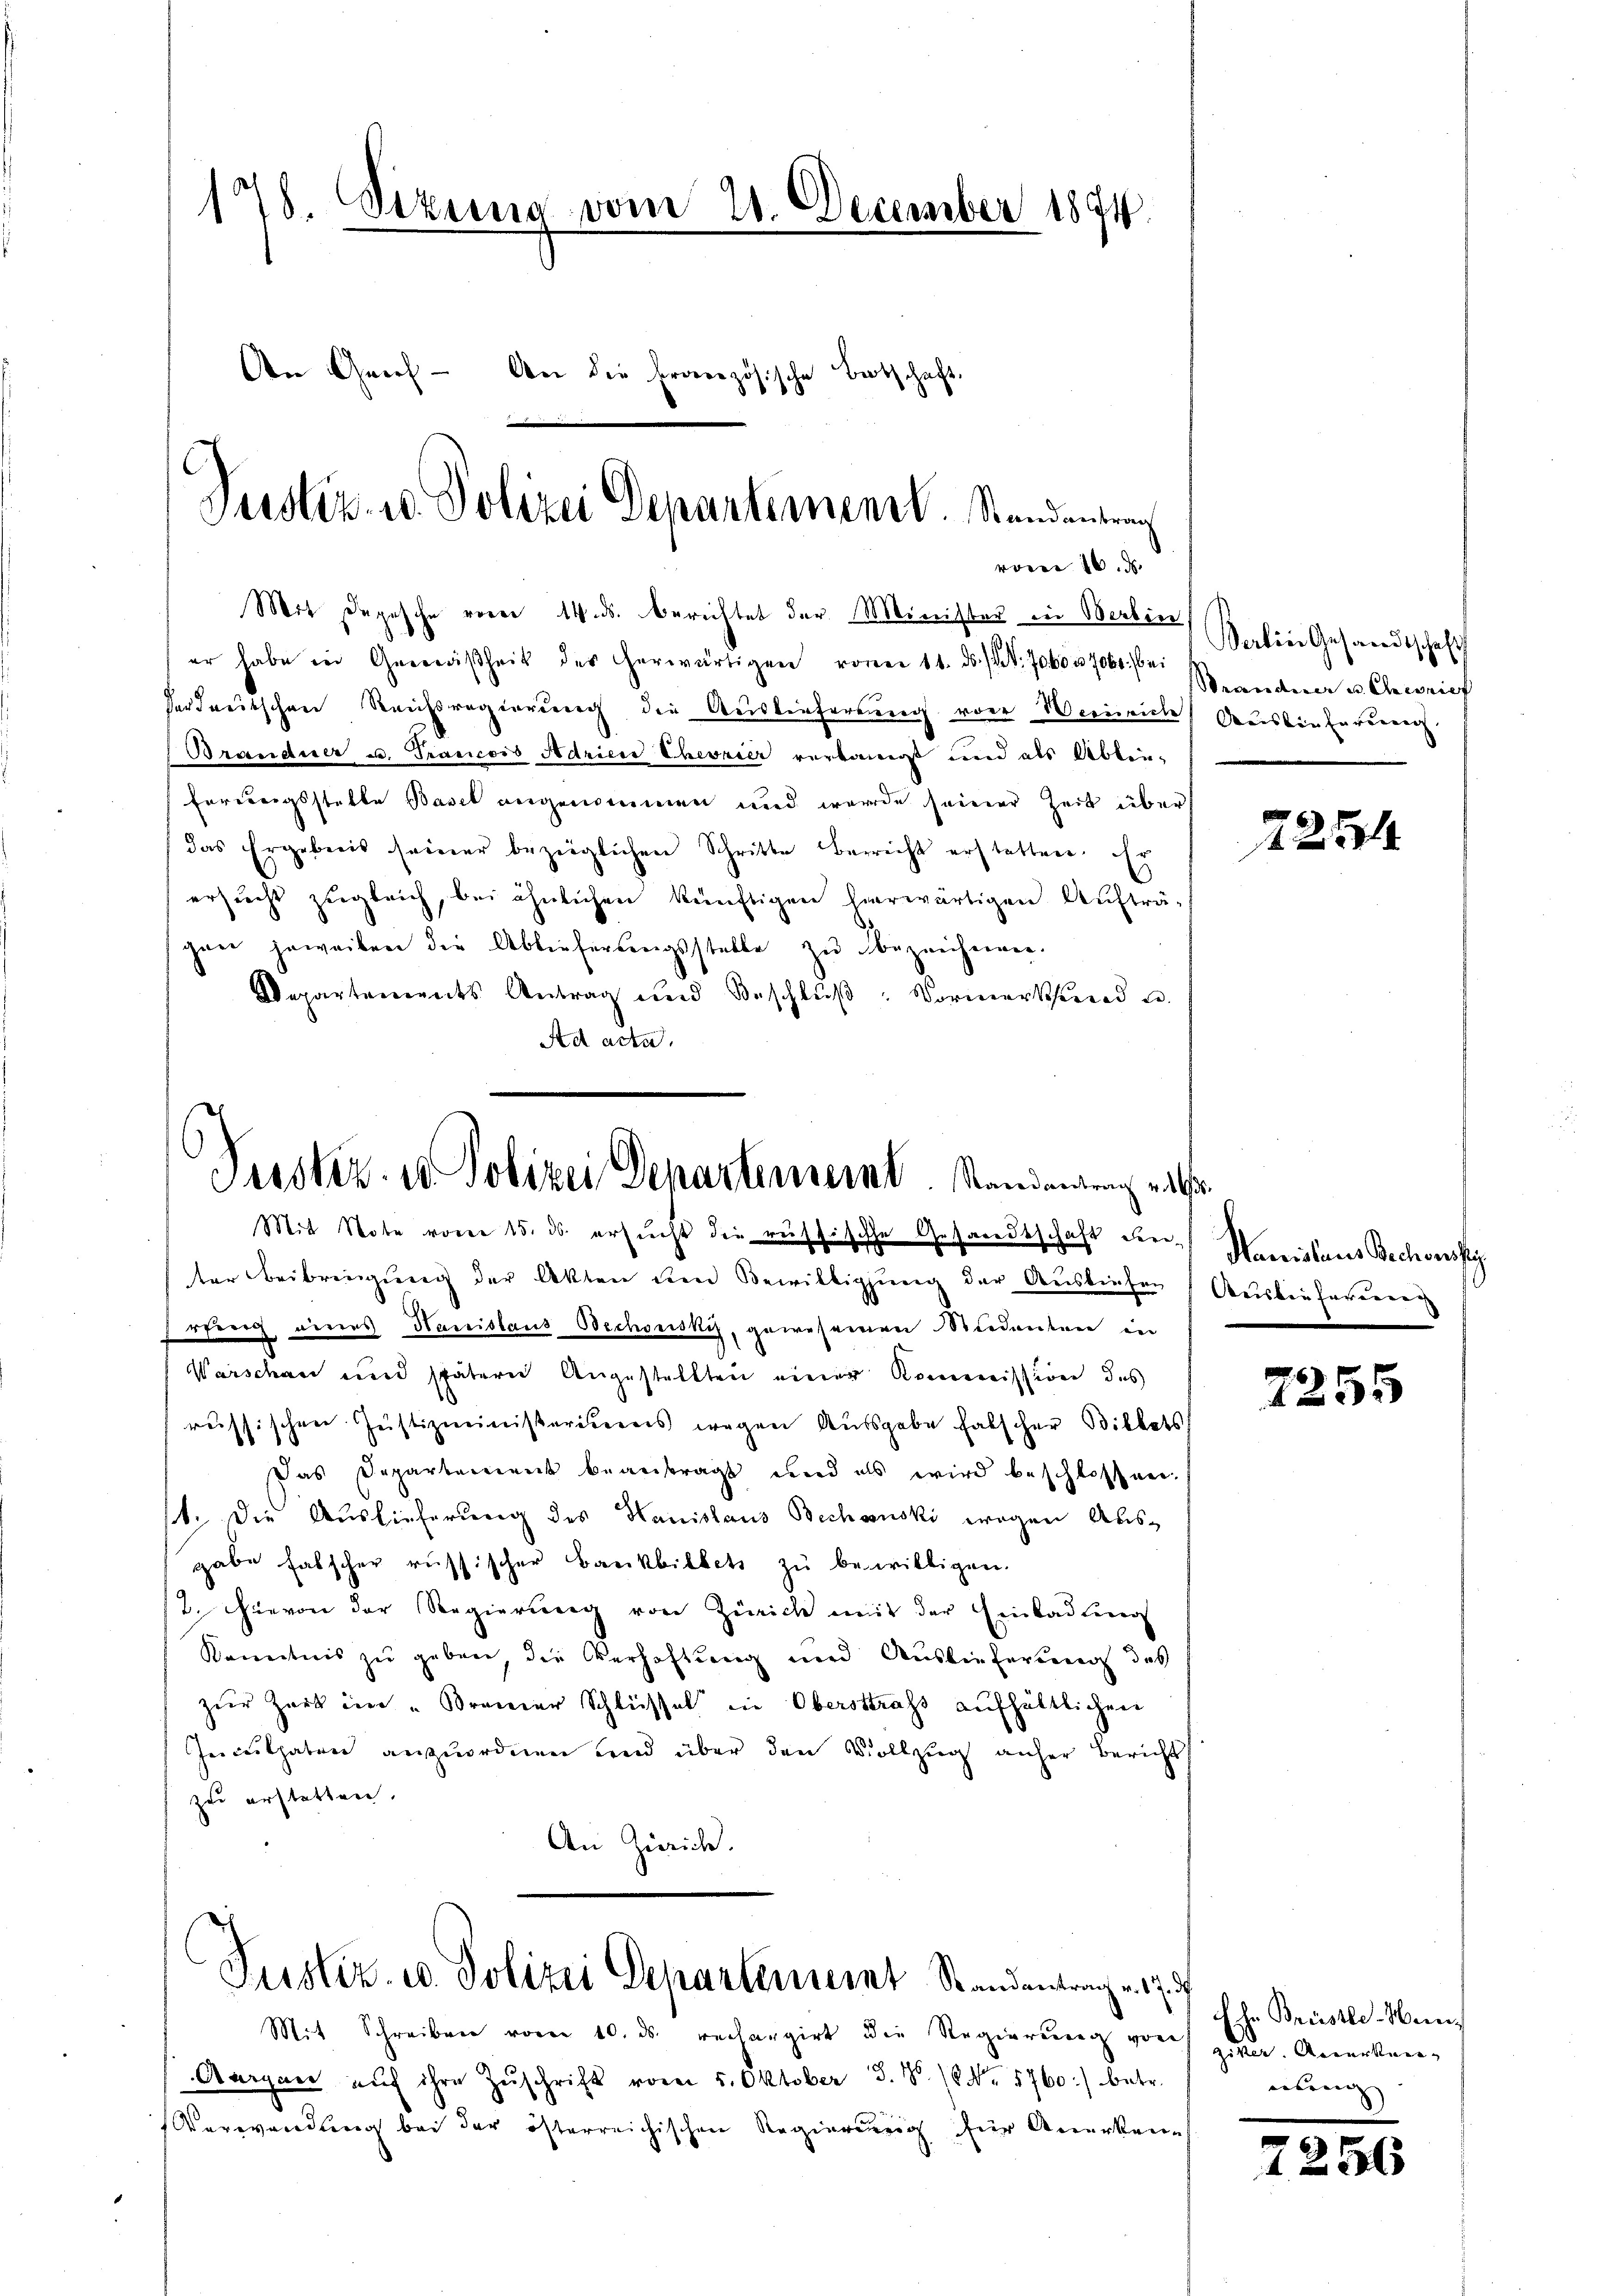
178. Sizung vom 20. December 1894.
Aen Geif- An die Französische Betschaft

Mit Depesche vorne 14. d. Berichtet der Minister in Berbin
er habe in Gemäsheit der herwärtigen voren 11. ds. S. 7000. 706. bei
herdeutschen Reichsregierung die Auslieferung von Werneiche Auslieferuenz
(Brandner u. Francors Adrien Chevrier verkannst und als Ablie-
förungsstatte Basel angenommen und werde seiner Zeit über
das Ergebnis seiner bezeiglichen Schritte Bericht erstatten. Er
ersŭcht zugleich, bei ähnlichen künftigen herwärtigen Aufträgan jeweiben die Ablieferŭngsstelle zŭ bezeichnen.
Departements Antrag und Beschlŭβ: Vormerkstand u.
Ad acta

ter Beibringung der Akten den Bewilligung der Ausliefen
rfeeg eines Hanislaus Oechowski, gewesenen Mudentenen in
Warschau und spätern Angestellten einer Kommission des
reissischen Justizministerierers wegen Ausgabe falscher Billets
Das Departement beantragt und als wird beschlossen.
st. Die Auslieferung des Hanislaus Bechanski wegen Ausgabe falscher russischer Bankbillets zu bewilligen.
2. Hievon der Regierung von Zürich mit der Einkadling
Kenntnis zu geben, die Verhaftung und Auslieferung des
zŭr Zark im "Kramer Schlüssel in Oberstrafs aufhältlichen
Inculpaten anzuordnen und über den Vollzug anher Bericht
zue erstetten.
An Zürich.

Justiz- u. Polizei Departement. Standentrag
vom 16. d.

Justiz- u. Polizei Departemeint. Standendung als
Mit Note vom 15. ds. ersucht die russische Gesandtschaft den Manislaus Bechowsky

Justiz- u. Polizei Departement Standentrag v. 17. 7

Mit Schreiben vom 10. ds. rechangirt die Regierŭng vor zera. Anerken-

Aargaer aŭf ihre Zŭschrift vom 5. Oktober 3. No. 18 Nr 1760) betr.
Verwendung bei der österreichischen Regierung für Anerken-

Berlin Gesandtschaft
Strandner 3. Chisrief

2254

Auslieferung
e

6
5

Ehr Breistle-Weinnung